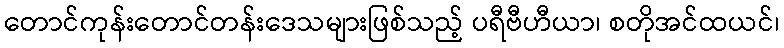
တောင်ကုန်းတောင်တန်းဒေသများဖြစ်သည့် ပရီဗီဟီယာ၊ စတိုအင်ထယင်၊